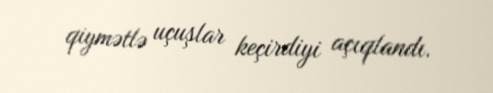
qiymətlə uçuşlar keçirdiyi açıqlandı.